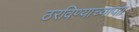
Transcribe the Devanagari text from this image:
ठरविण्याच्यापाा